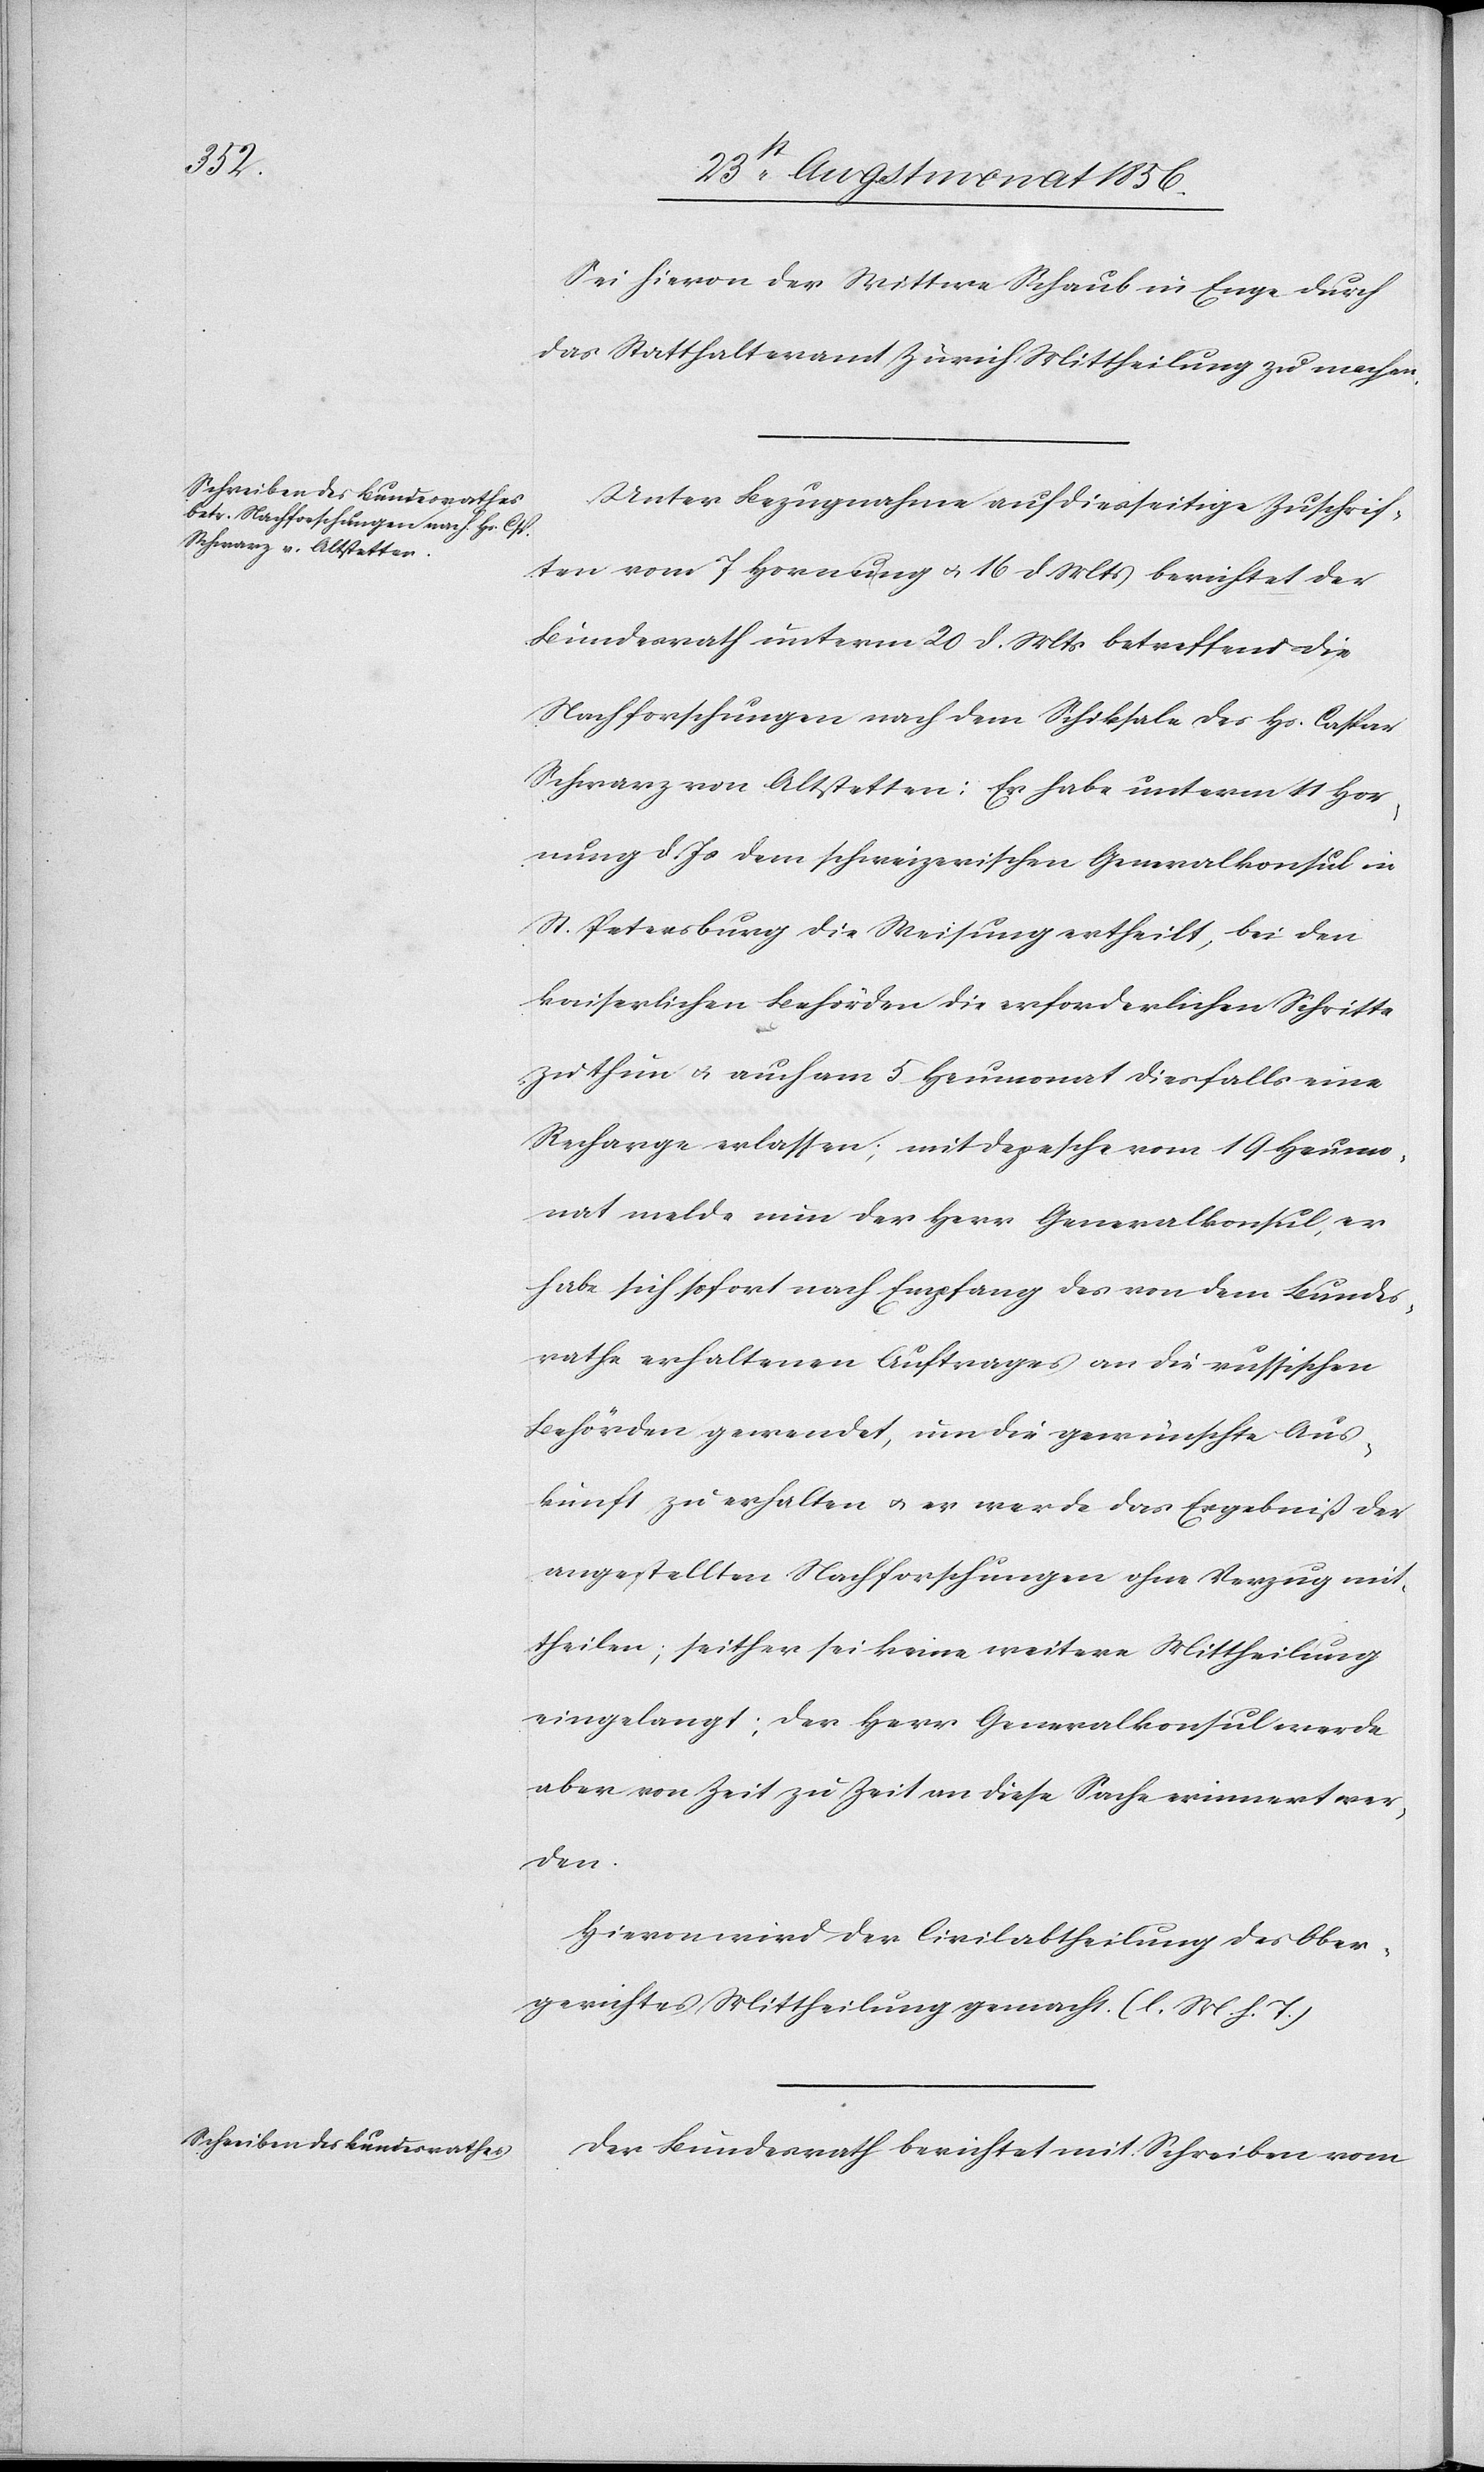
Sei hievon der Wittwe Schaub in Enge durch
das Statthalteramt Zürich Mittheilung zu machen.
Unter Bezugnahme auf diesseitige Zuschrif¬
ten vom 7 Hornung u. 16 d Mts berichtet der
Bundesrath unterm 20 d. Mts betreffend die
Nachforschungen nach dem Schiksale des Hs. Caspar
Schwarz von Altstetten: Er habe unterm 11 Hor¬
nung d. Js dem schweizerischen Generalkonsul in
St. Petersburg die Weisung ertheilt, bei den
kaiserlichen Behörden die erforderlichen Schritte
zu thun u. auch am 5 Heumonat diesfalls eine
Recharge erlassen; mit Depesche vom 19 Heumo¬
nat melde nun der Herr Generalkonsul, er
habe sich sofort nach Empfang des von dem Bundes¬
rathe erhaltenen Auftrages an die russischen
Behörden gewendet, um die gewünschte Aus¬
kunft zu erhalten u. er werde das Ergebniß der
angestellten Nachforschungen ohne Verzug mit¬
theilen; seither sei keine weitere Mittheilung
eingelangt; der Herr Generalkonsul werde
aber von Zeit zu Zeit an diese Sache erinnert wer¬
den.
Hievon wir der Civilabtheilung des Ober¬
gerichtes Mittheilung gemacht. (l. M. h. T.)
Der Bundesrath berichtet mit Schreiben vom